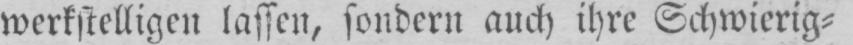
werkstelligen lassen, sondern auch ihre Schwierig⸗